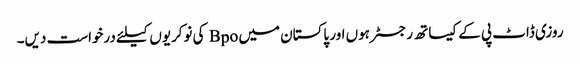
روزی ڈاٹ پی کے کیساتھ رجسٹر ہوں اور پاکستان میں Bpo کی نوکریوں کیلئے درخواست دیں۔